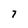
Character: 7